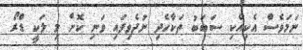
ނަމަވެސް އެކިއެކި ސަބަބު ތަކާހެދި ނުދެވިފައި ވަނި ކޮށް މި ލަކީ ޑްރޯ